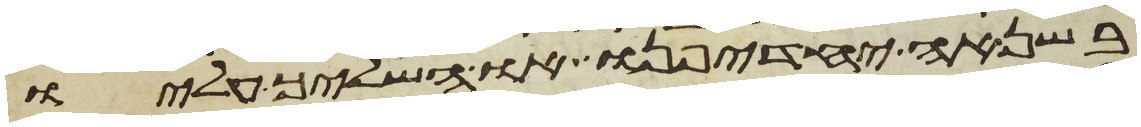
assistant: בשנאה יחדיפנו או השליך עליו